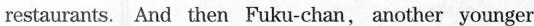
restaurants.And then Fuku-chan another younge